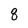
Character: 8